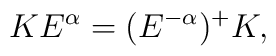
KE^\alpha=(E^{-\alpha})^+K,